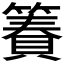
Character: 𫂢